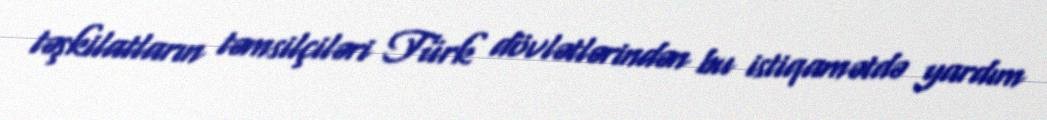
təşkilatların təmsilçiləri Türk dövlətlərindən bu istiqamətdə yardım